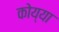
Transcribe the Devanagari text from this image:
कोय्या